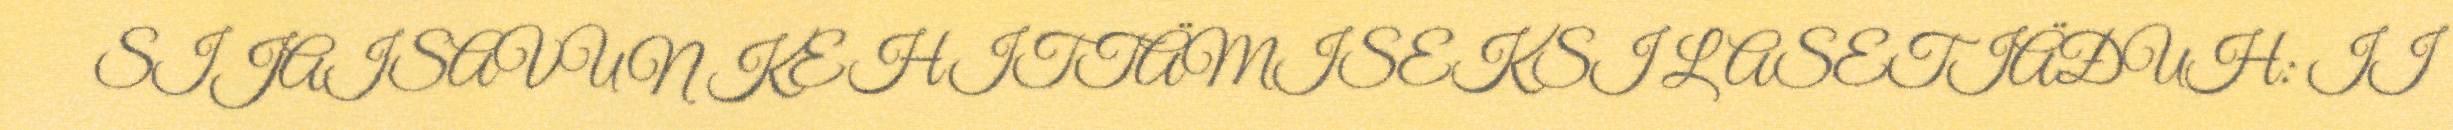
SIJAISAVUN KEHITTÄMISEKSI LASETIÄĐUH: II